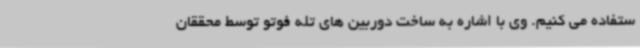
ستفاده می کنیم. وی با اشاره به ساخت دوربین های تله فوتو توسط محققان